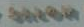
કામ